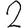
Digit: 2